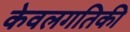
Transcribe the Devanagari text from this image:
केवलगतिकी